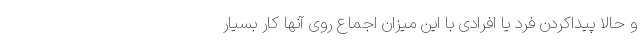
و حالا پیداکردن فرد یا افرادی با این میزان اجماع روی آنها کار بسیار